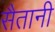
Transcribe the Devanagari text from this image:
सैतानी